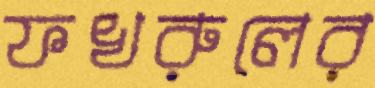
ফখরুলের